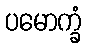
ပမောက္ခံ